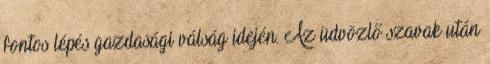
fontos lépés gazdasági válság idején. Az üdvözlő szavak után